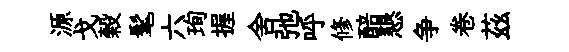
源戈榖髦六珣握舍弛呼修醅懇争卷茲